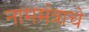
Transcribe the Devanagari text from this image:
नाममंत्राचे